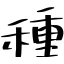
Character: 種